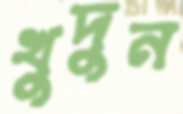
খুদুন